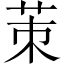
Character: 茦